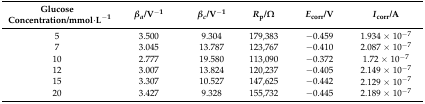
<table><thead><tr><td><b>Glucose Concentration/mmol·L<sup>−1</sup></b></td><td><b><i>β<sub>a</sub></i>/V<sup>−1</sup></b></td><td><b><i>β<sub>c</sub></i>/V<sup>−1</sup></b></td><td><b><i>R</i><sub>p</sub>/Ω</b></td><td><b><i>E</i><sub>corr</sub>/V</b></td><td><b><i>I</i><sub>corr</sub>/A</b></td></tr></thead><tbody><tr><td>5</td><td>3.500</td><td>9.304</td><td>179,383</td><td>−0.459</td><td>1.934 × 10<sup>−7</sup></td></tr><tr><td>7</td><td>3.045</td><td>13.787</td><td>123,767</td><td>−0.410</td><td>2.087 × 10<sup>−7</sup></td></tr><tr><td>10</td><td>2.777</td><td>19.580</td><td>113,090</td><td>−0.372</td><td>1.72 × 10<sup>−7</sup></td></tr><tr><td>12</td><td>3.007</td><td>13.824</td><td>120,237</td><td>−0.405</td><td>2.149 × 10<sup>−7</sup></td></tr><tr><td>15</td><td>3.307</td><td>10.527</td><td>147,625</td><td>−0.442</td><td>2.129 × 10<sup>−7</sup></td></tr><tr><td>20</td><td>3.427</td><td>9.328</td><td>155,732</td><td>−0.445</td><td>2.189 × 10<sup>−7</sup></td></tr></tbody></table>